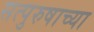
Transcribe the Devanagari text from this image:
सत्पुरुषाच्या